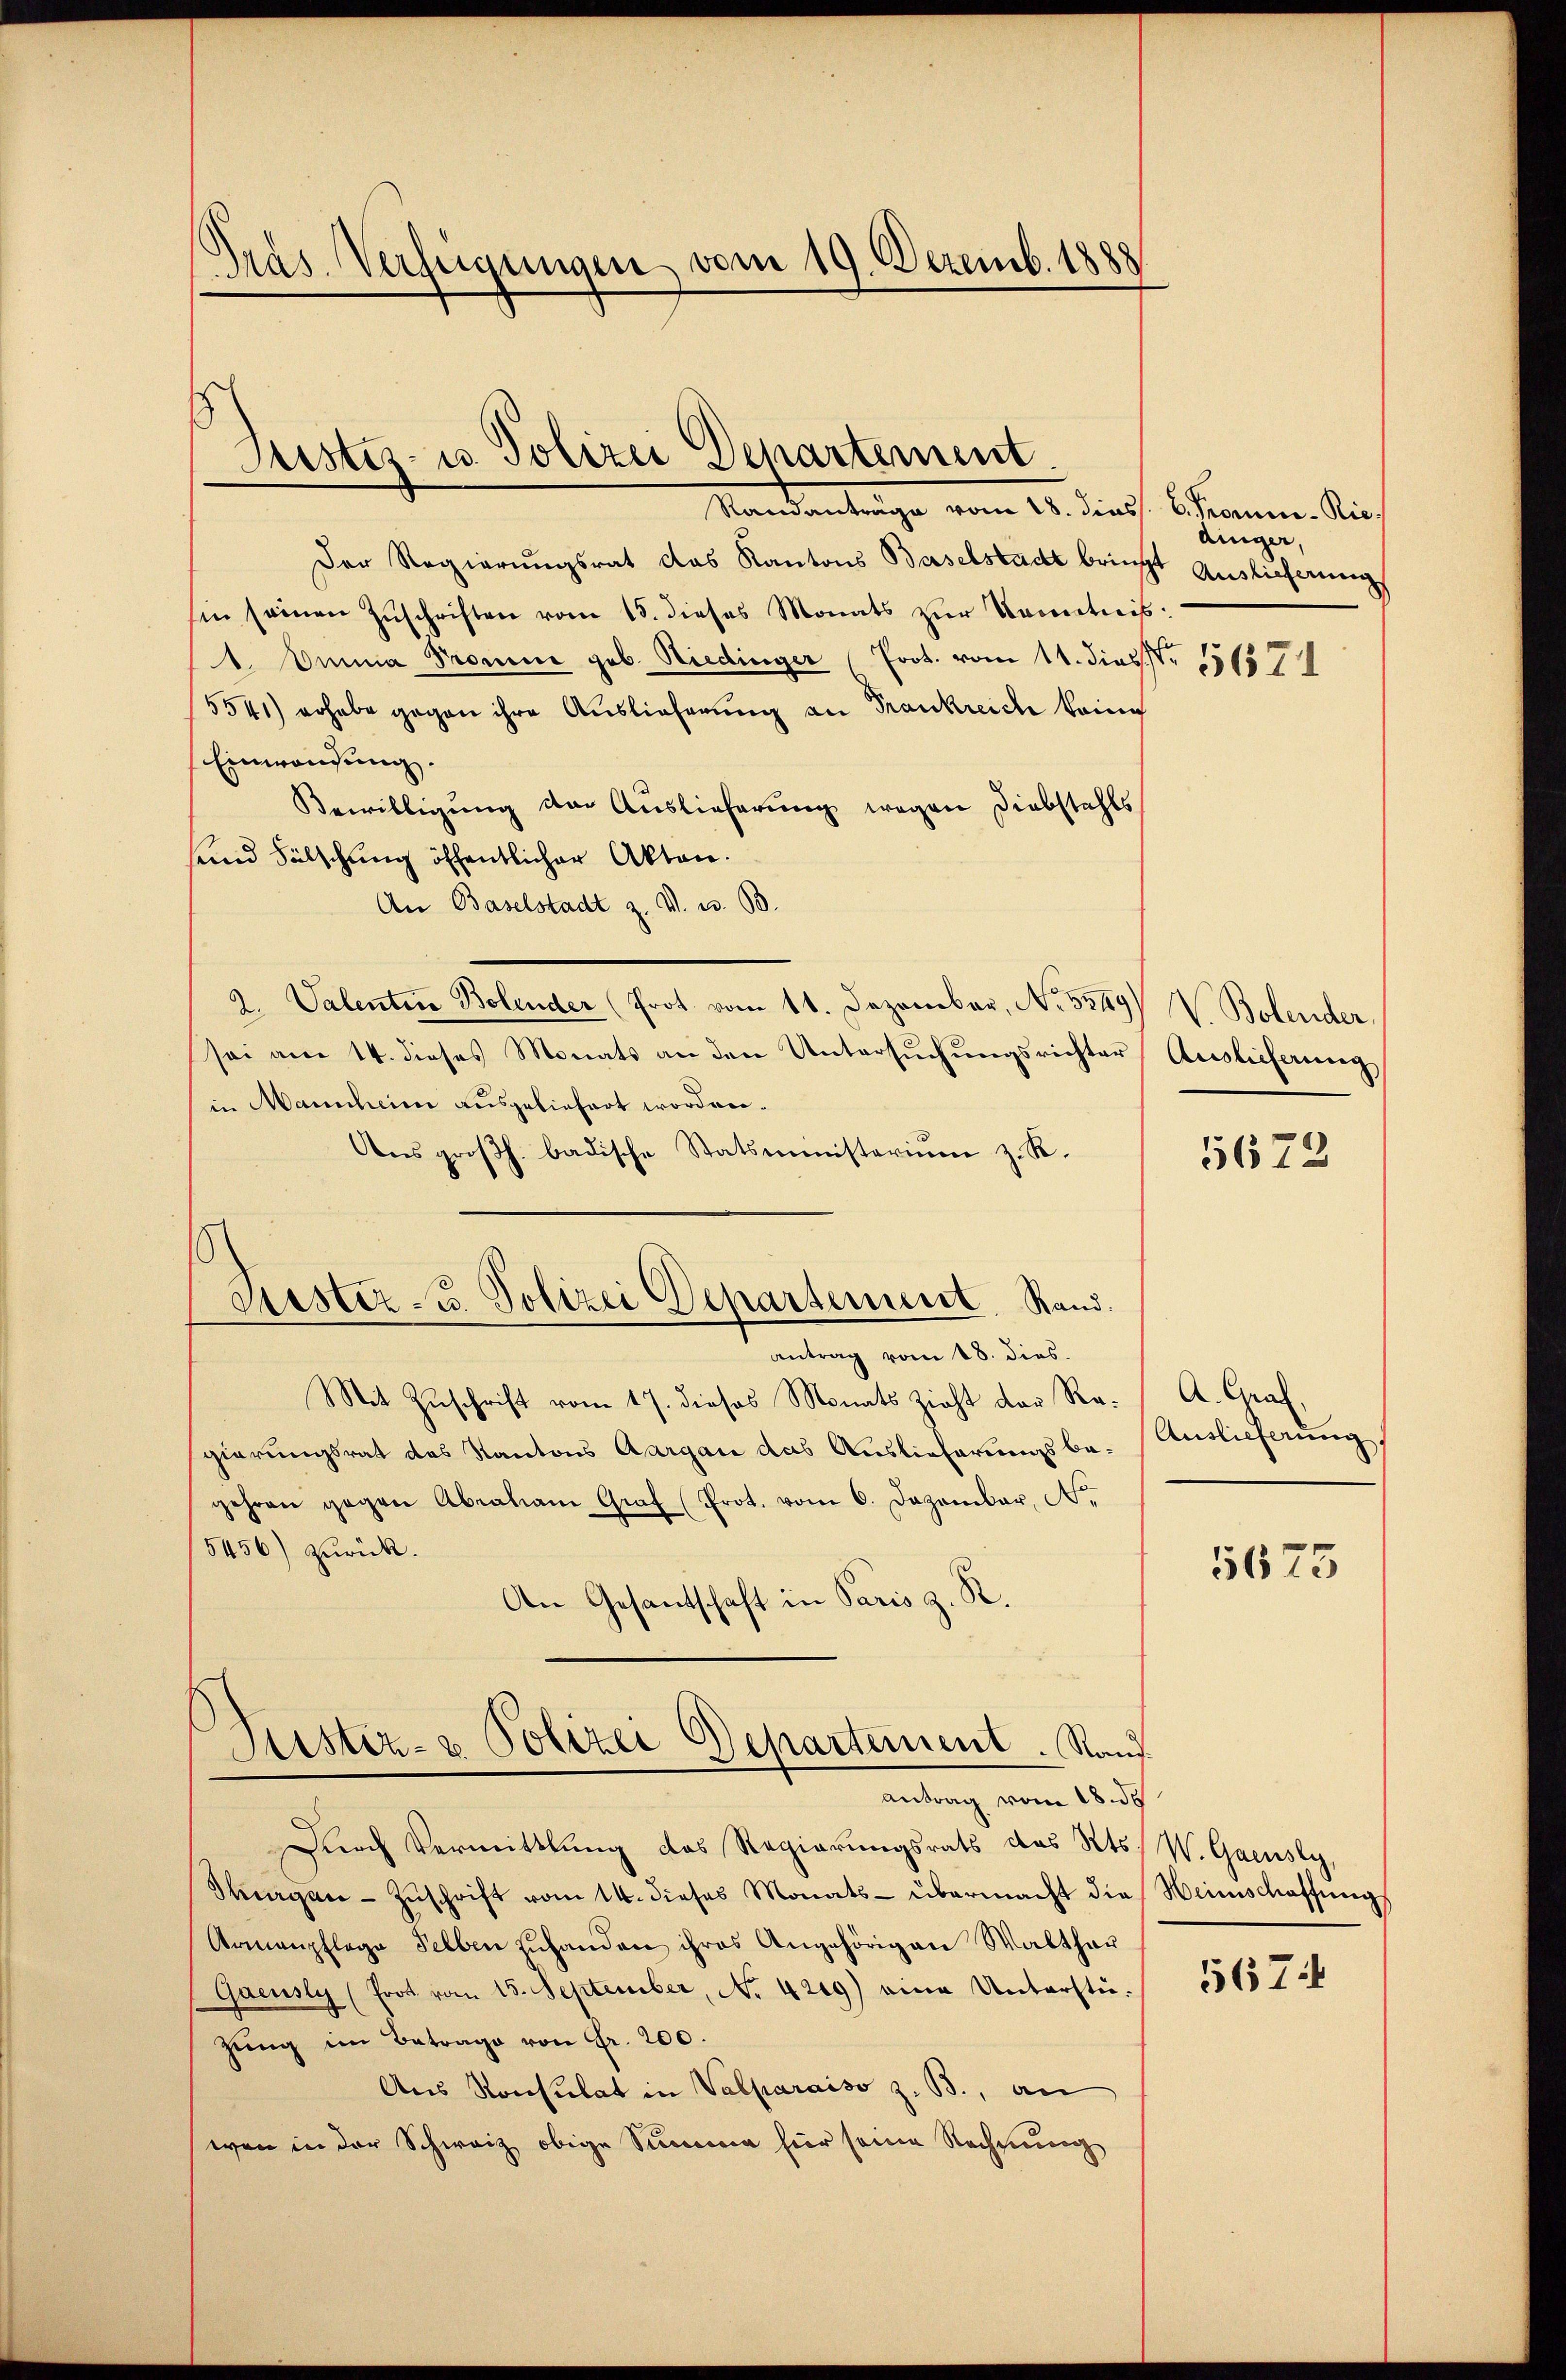
Präs. Verfügungen vom 19. Dezemb. 1888

Justiz- u. Polizei Departement.
Mandantrage vom 21. dies, kommen. Sie

Der Regierungsrat das Kantons Baselstadt bringt Auslieferung
sin seinen Zŭschriften vom 15. dieses Monats zŭr Kenntnis:
1. Omnia Promie geb. Riedinger (Prot. vom 11. dies Nr. 17137
5541) erhabe gegen ihre Auslieferung an Trankreiche keine
Einwandung.
Bewilligung der Auslieferung wegen Diebstahls
sein Fälschung öffentlicher Akten.
An Baselstadt z. V. u. 33.
2. Valenten Bolender (Prot. vom 11. Dezember, No. 5349) V. Bolender,
sei am 14. dieses Monats an den Untersuchungsrichter Auslieferung
in Mannheim ausgeliefert worden.
Aus großh. badische Statsministerium z. R.
Siester- u. Polizei Departement. Rand.
antrag vom 18. dies
Mit Zuschrift vom 17. dieses Monats zieht der Ra- A. Graf,
gierungsrat des Kantons Aargau das Auslieferungsbe- Auslieferung
gehren gegen Abraham Graf (Prot. vom 6. Dezember, A.
5456) zurück.
An Gesantschaft in Paris z. R.

Sistiz- & Polizei Departement. Raud
antrag vom 18. de

Durch Vermittlung des Regierungsrats des Kts. W. Gaeusly,
Thurgau - Zŭschrift vom 14. dieses Monats übermacht die Weinschaffungs
Armenpflege selben zuhanden ihres Angehörigen Walthar
Gaeusly (Prot vom 15. September, No. 4289) eine Unterstü-
zŭng im Betrage von Fr. 200.
Aus Konsulat in Valparaiso z. B., an
wann in der Schweiz obige Summe hier seine Rechnung

aniger

5672

5673

5674